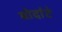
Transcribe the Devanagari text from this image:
बोदांटे